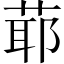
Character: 𦳃